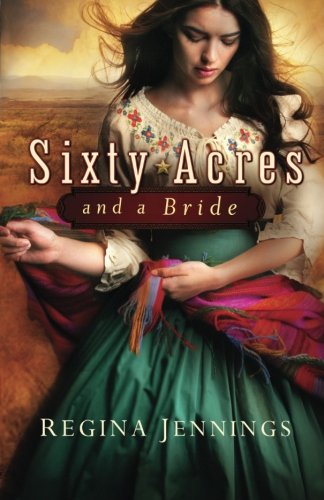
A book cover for Sixty Acres and a Bride; Regina Jennings; Christian Books & Bibles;